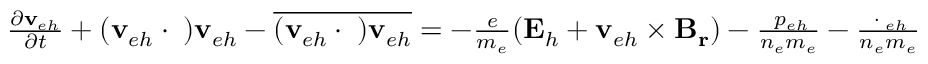
\begin{array} { r } { \frac { \partial \mathbf { v } _ { e h } } { \partial t } + ( \mathbf { v } _ { e h } \cdot \triangledown ) \mathbf { v } _ { e h } - \overline { { ( \mathbf { v } _ { e h } \cdot \triangledown ) \mathbf { v } _ { e h } } } = - \frac { e } { m _ { e } } ( \mathbf { E } _ { h } + \mathbf { v } _ { e h } \times \mathbf { B _ { r } } ) - \frac { \triangledown p _ { e h } } { n _ { e } m _ { e } } - \frac { \triangledown \cdot { \bf \Pi } _ { e h } } { n _ { e } m _ { e } } } \end{array}